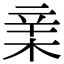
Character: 𣓀